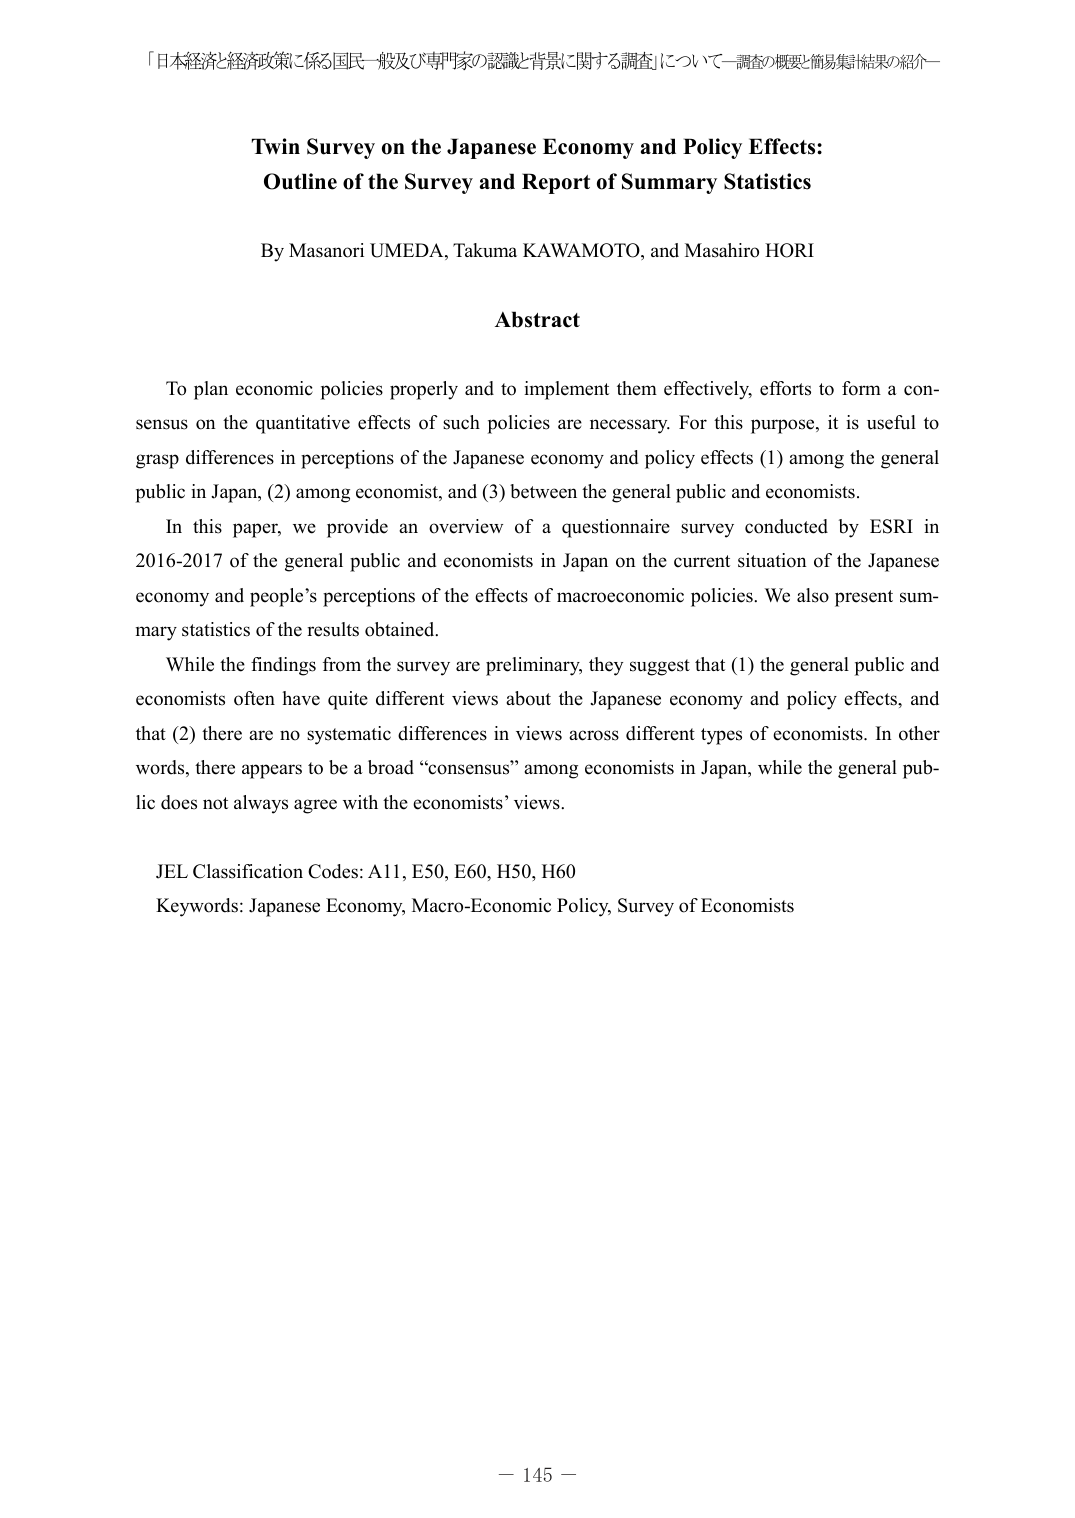
「日本経済と経済政策に係る国民一般及び専門家の認識と背景に関する調査」について—調査の概要と簡易集計結果の紹介—

Twin Survey on the Japanese Economy and Policy Effects:
Outline of the Survey and Report of Summary Statistics

By Masanori UMEDA, Takuma KAWAMOTO, and Masahiro HORI

Abstract

To plan economic policies properly and to implement them effectively, efforts to form a consensus on the quantitative effects of such policies are necessary. For this purpose, it is useful to grasp differences in perceptions of the Japanese economy and policy effects (1) among the general public in Japan, (2) among economists, and (3) between the general public and economists.

In this paper, we provide an overview of a questionnaire survey conducted by ESRI in 2016-2017 of the general public and economists in Japan on the current situation of the Japanese economy and people’s perceptions of the effects of macroeconomic policies. We also present summary statistics of the results obtained.

While the findings from the survey are preliminary, they suggest that (1) the general public and economists often have quite different views about the Japanese economy and policy effects, and that (2) there are no systematic differences in views across different types of economists. In other words, there appears to be a broad “consensus” among economists in Japan, while the general public does not always agree with the economists’ views.

JEL Classification Codes: A11, E50, E60, H50, H60
Keywords: Japanese Economy, Macro-Economic Policy, Survey of Economists

— 145 —